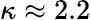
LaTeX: \kappa\approx 2.2